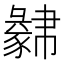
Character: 𧲁